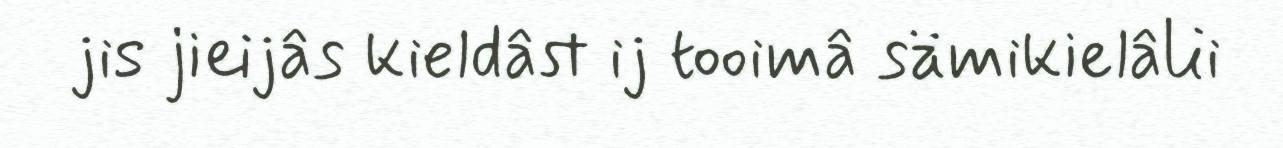
jis jieijâs kieldâst ij tooimâ sämikielâlii